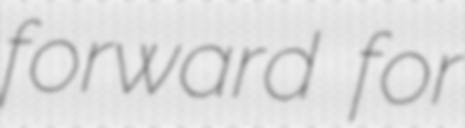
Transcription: forward for